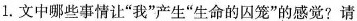
1. 文中那些事情让“我”产生”生命的囚笼”的感觉?请